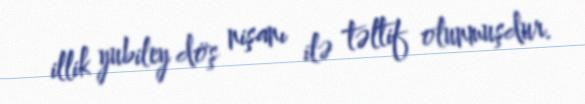
illik yubiley döş nişanı ilə təltif olunmuşdur.